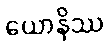
ယောနိဿ